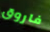
فاروق